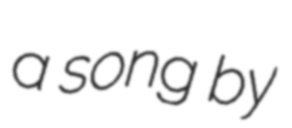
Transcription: a song by